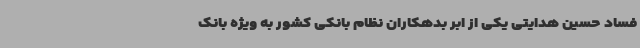
فساد حسین هدایتی یکی از ابر بدهکاران نظام بانکی کشور به ویژه بانک